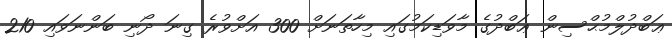
ޢަބްދުލްމުޙްސިން ޢަބްދުގެ މާވަޑިކަމުގައި މިހާތަނަށް 300 އަށްވުރެ ގިނަ ދޯނި ބަންނަވައި 210